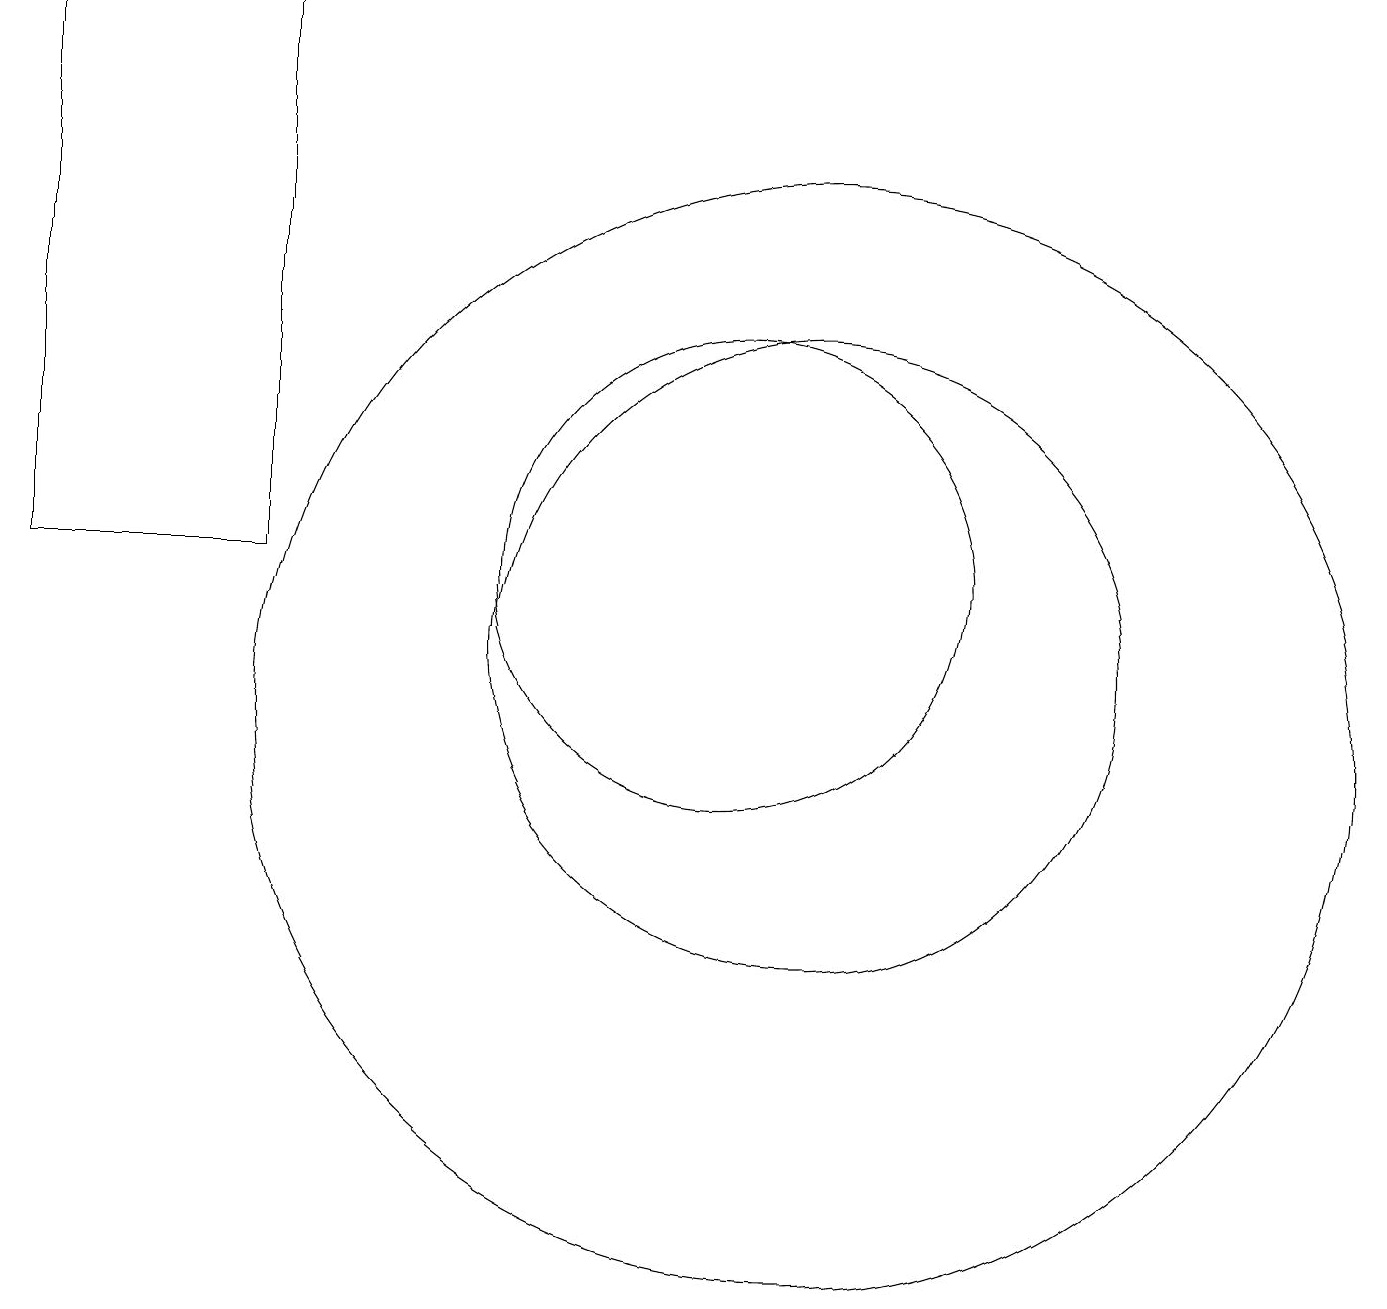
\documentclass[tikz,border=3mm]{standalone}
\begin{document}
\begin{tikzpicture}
\draw (11,10) circle (7);
\draw (1,12) rectangle (4,19);
\draw (11,11) circle (4);
\draw (10,12) circle (3);
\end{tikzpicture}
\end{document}